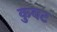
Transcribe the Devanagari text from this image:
कुबट